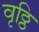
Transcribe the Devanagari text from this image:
वृठ्ठि